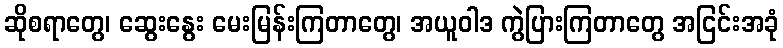
ဆိုစရာတွေ၊ ဆွေးနွေး မေးမြန်းကြတာတွေ၊ အယူဝါဒ ကွဲပြားကြတာတွေ အငြင်းအခုံ